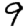
Digit: 9